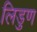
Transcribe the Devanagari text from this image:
लिडुण